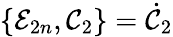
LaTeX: \{ \mathcal{E}_{2n},\mathcal{C}_{2}\} =\dot{\mathcal{C}}_{2}